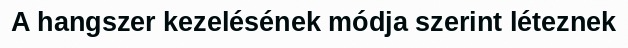
A hangszer kezelésének módja szerint léteznek